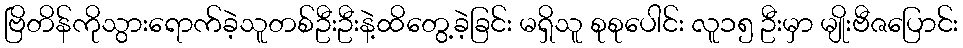
ဗြိတိန်ကိုသွားရောက်ခဲ့သူတစ်ဦးဦးနဲ့ထိတွေ့ခဲ့ခြင်း မရှိသူ စုစုပေါင်း လူ၁၅ ဦးမှာ မျိုးဗီဇပြောင်း